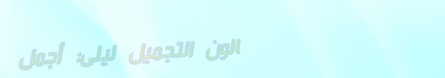
صالون التجميل ليلى: أجمل